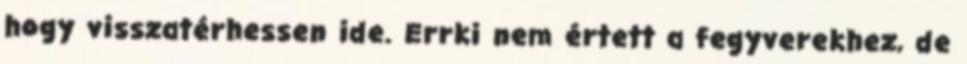
hogy visszatérhessen ide. Errki nem értett a fegyverekhez, de